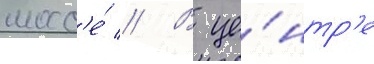
шосс'е́ // В це́нтр'е